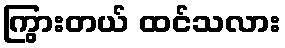
ကြွားတယ် ထင်သလား